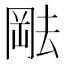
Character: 𫤷